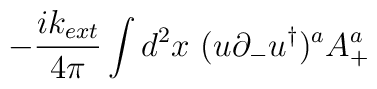
-{i k_{ext}\over 4\pi}\int d^2 x \ (u\partial_ - u^\dagger)^a A_+^a